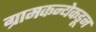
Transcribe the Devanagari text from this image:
ग्रामकन्येकडून